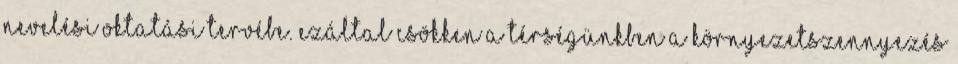
nevelési oktatási tervébe. Ezáltal csökken a térségünkben a környezetszennyezés